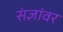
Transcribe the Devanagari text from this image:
संज्ञांवर